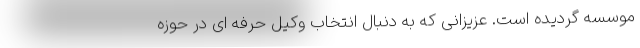
موسسه گردیده است. عزیزانی که به دنبال انتخاب وکیل حرفه ای در حوزه